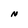
Character: N